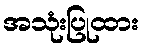
အသုံးပြုထား